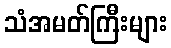
သံအမတ်ကြီးများ